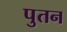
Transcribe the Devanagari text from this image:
पुतन